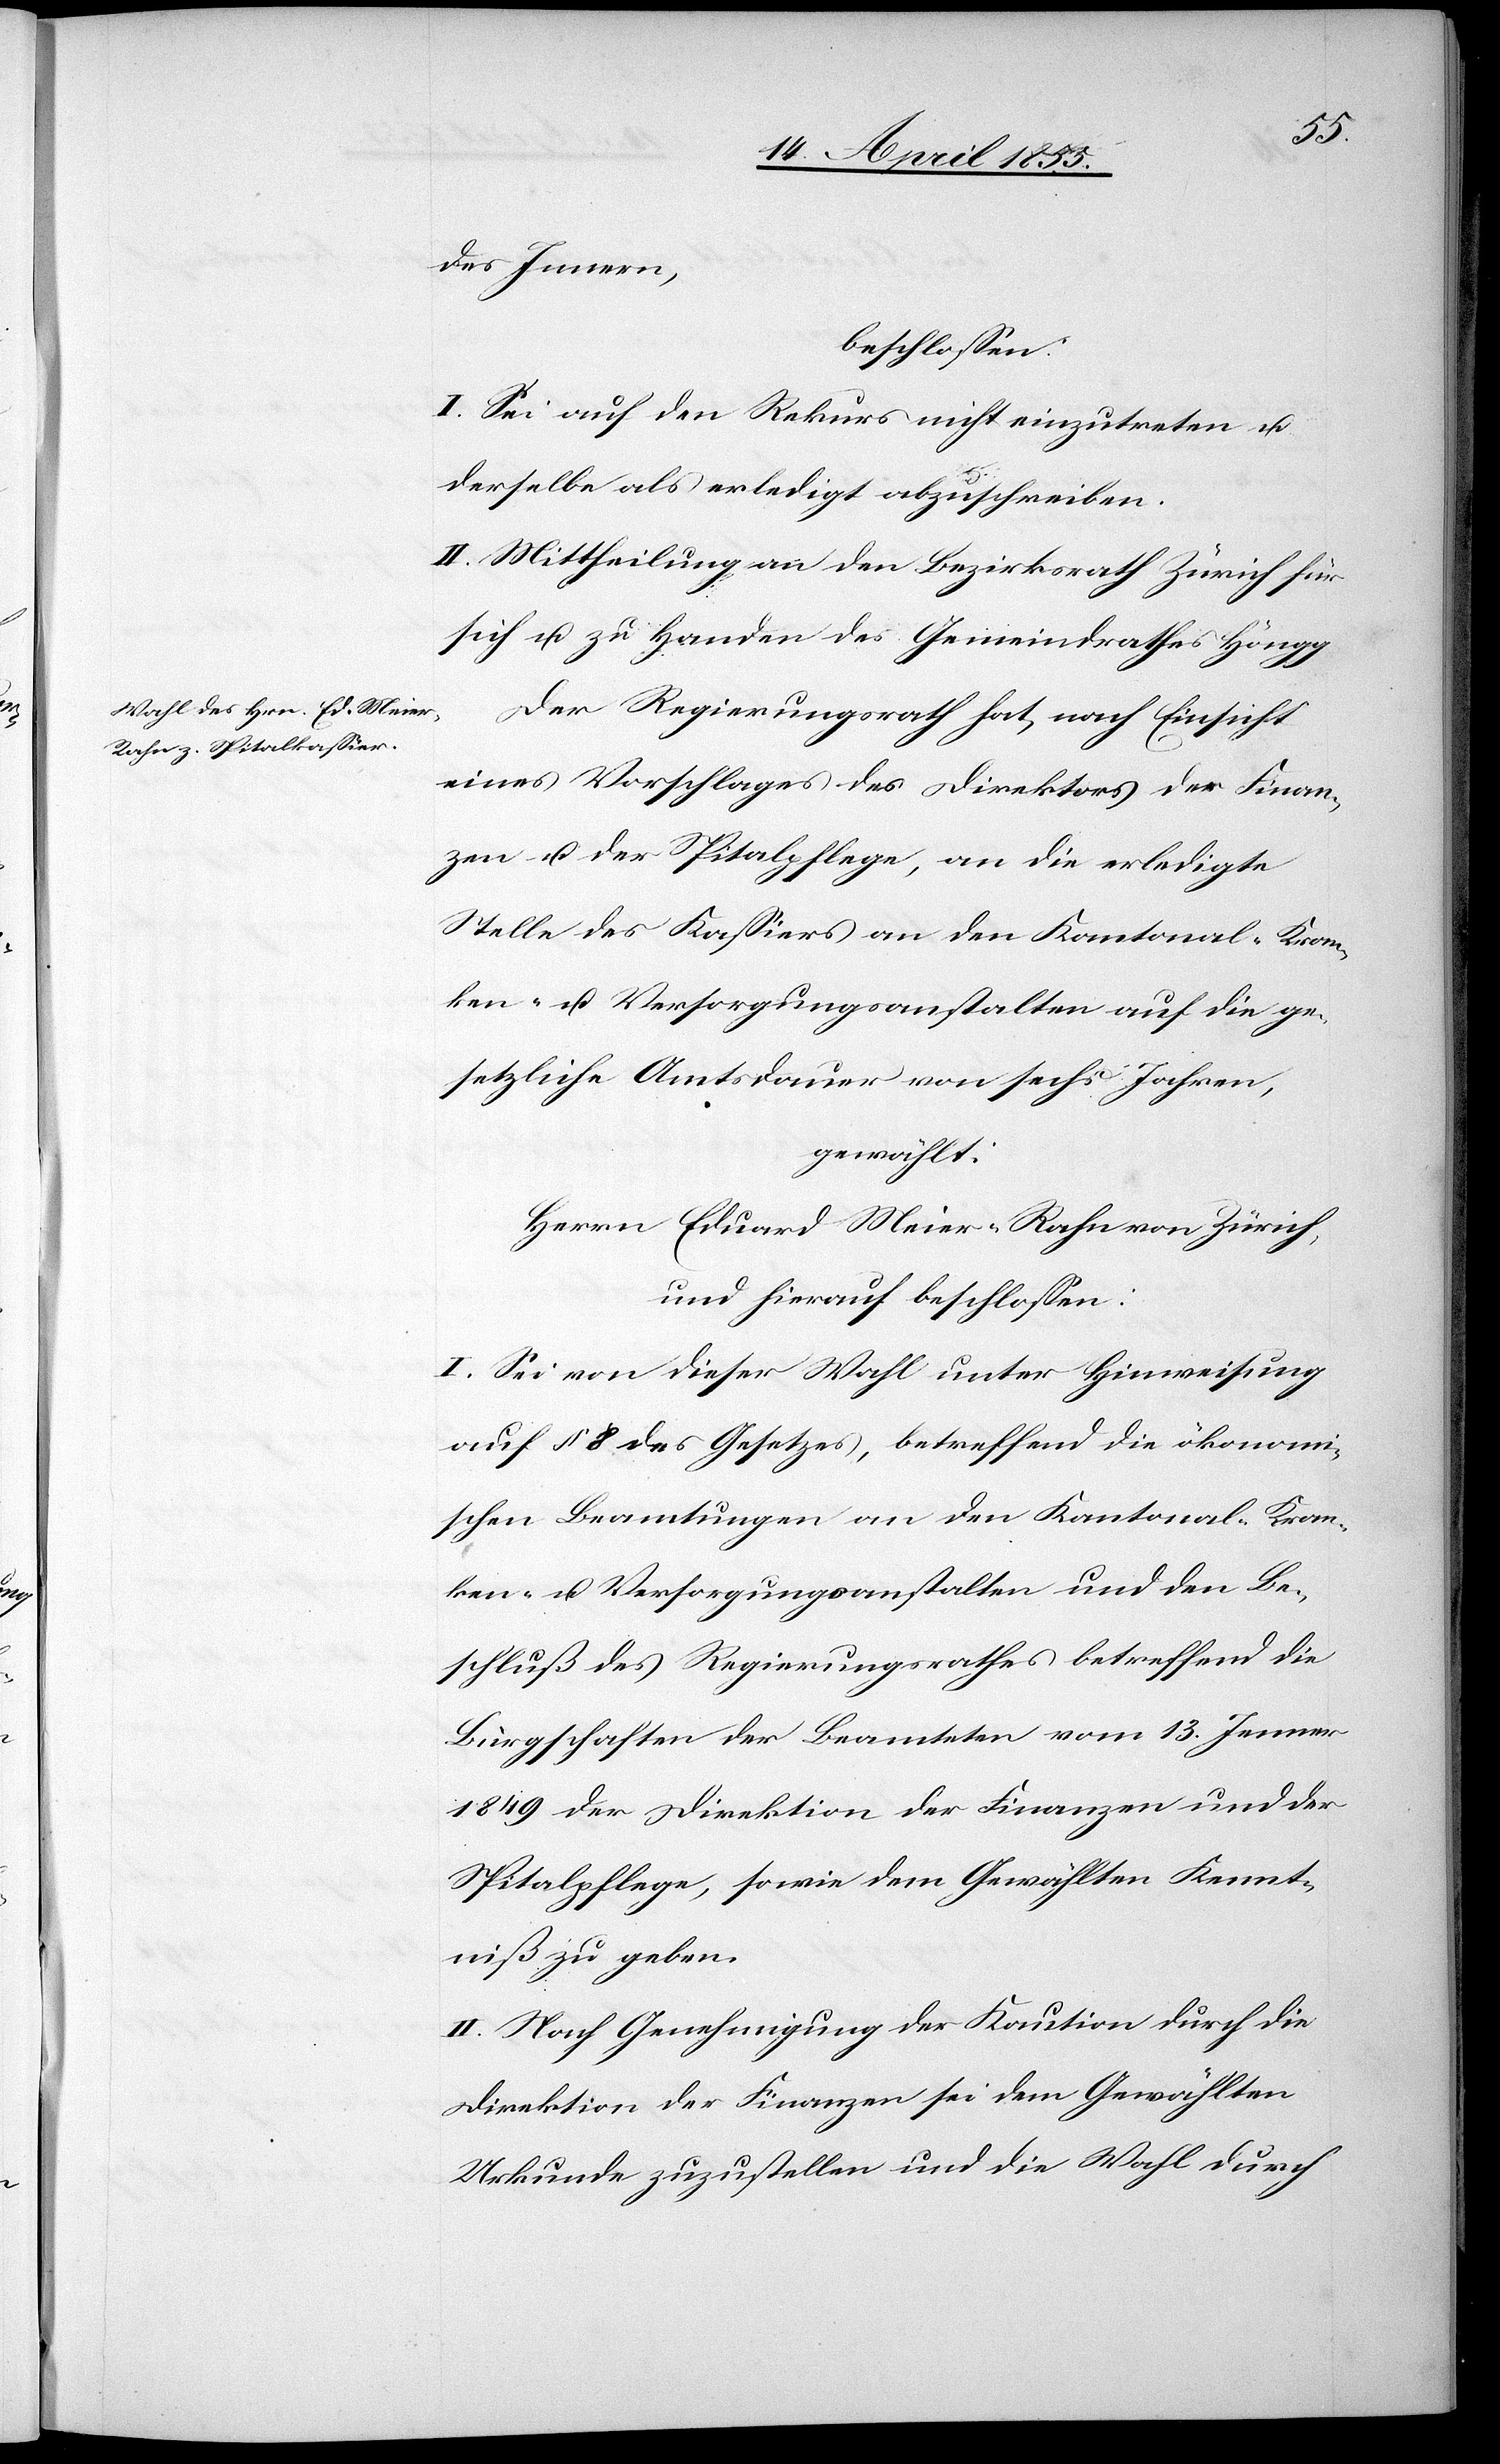
des Innern,
beschlossen:
I. Sei auf den Rekurs nicht einzutreten u.
derselbe als erledigt abzuschreiben.
II. Mittheilung an den Bezirksrath Zürich für
sich u. zu Handen des Gemeindrathes Höngg.
Der Regierungsrath hat, nach Einsicht
eines Vorschlages des Direktors der Finan¬
zen u. der Spitalpflege, an die erledigte
Stelle des Kassiers an den Kantonal-Kran¬
ken- u. Versorgungsanstalten auf die ge¬
setzliche Amtsdauer von sechs Jahren,
gewählt:
Herrn Eduard Meier-Rahn von Zürich,
und hierauf beschlossen:
I. Sei von dieser Wahl unter Hinweisung
auf § 8 des Gesetzes, betreffend die ökonomi¬
schen Beamtungen an den Kantonal-Kran¬
ken- u. Versorgungsanstalten und den Be¬
schluß des Regierungsrathes betreffend die
Bürgschaften der Beamteten vom 13. Jenner
1849 der Direktion der Finanzen und der
Spitalpflege, sowie dem Gewählten Kennt¬
niß zu geben.
II. Nach Genehmigung der Kaution durch die
Direktion der Finanzen sei dem Gewählten
Urkunde zuzustellen und die Wahl durch